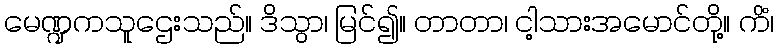
မေဏ္ဍကသူဌေးသည်။ ဒိသွာ၊ မြင်၍။ တာတာ၊ ငါ့သားအမောင်တို့။ ကိံ၊